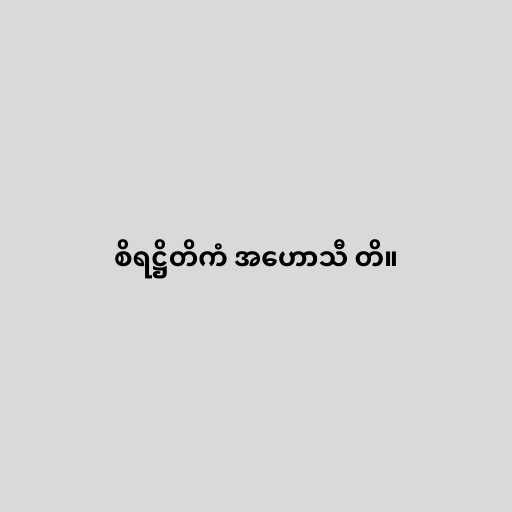
စိရဋ္ဌိတိကံ အဟောသီ တိ။